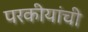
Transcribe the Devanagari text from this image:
परकीयांची